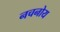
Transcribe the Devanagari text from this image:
नचनोय